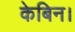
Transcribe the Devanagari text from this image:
केबिन।